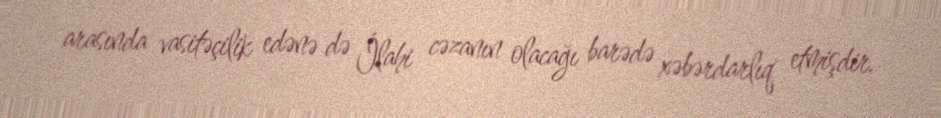
arasında vasitəçilik edənə də İlahi cəzanın olacağı barədə xəbərdarlıq etmişdir.